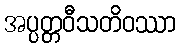
အပ္ပတ္တဝီသတိဝဿာ